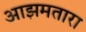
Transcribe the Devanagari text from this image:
आझमतारा